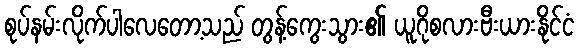
စုပ်နမ်းလိုက်ပါလေတော့သည် တွန့်ကွေးသွား၏ ယူဂိုစလားဗီးယားနိုင်ငံ